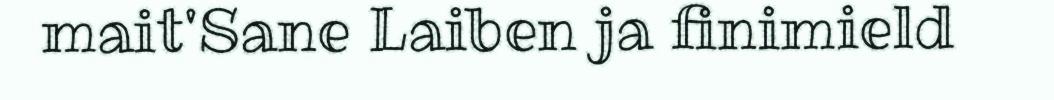
mait'Sane Laiben ja finimield